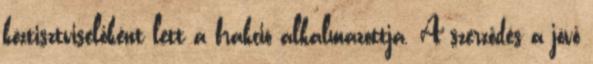
köztisztviselőként lett a frakció alkalmazottja. A szerződés a jövő